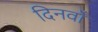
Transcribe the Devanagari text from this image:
दिनवाँ